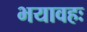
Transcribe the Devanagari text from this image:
भयावहः